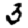
Digit: 3